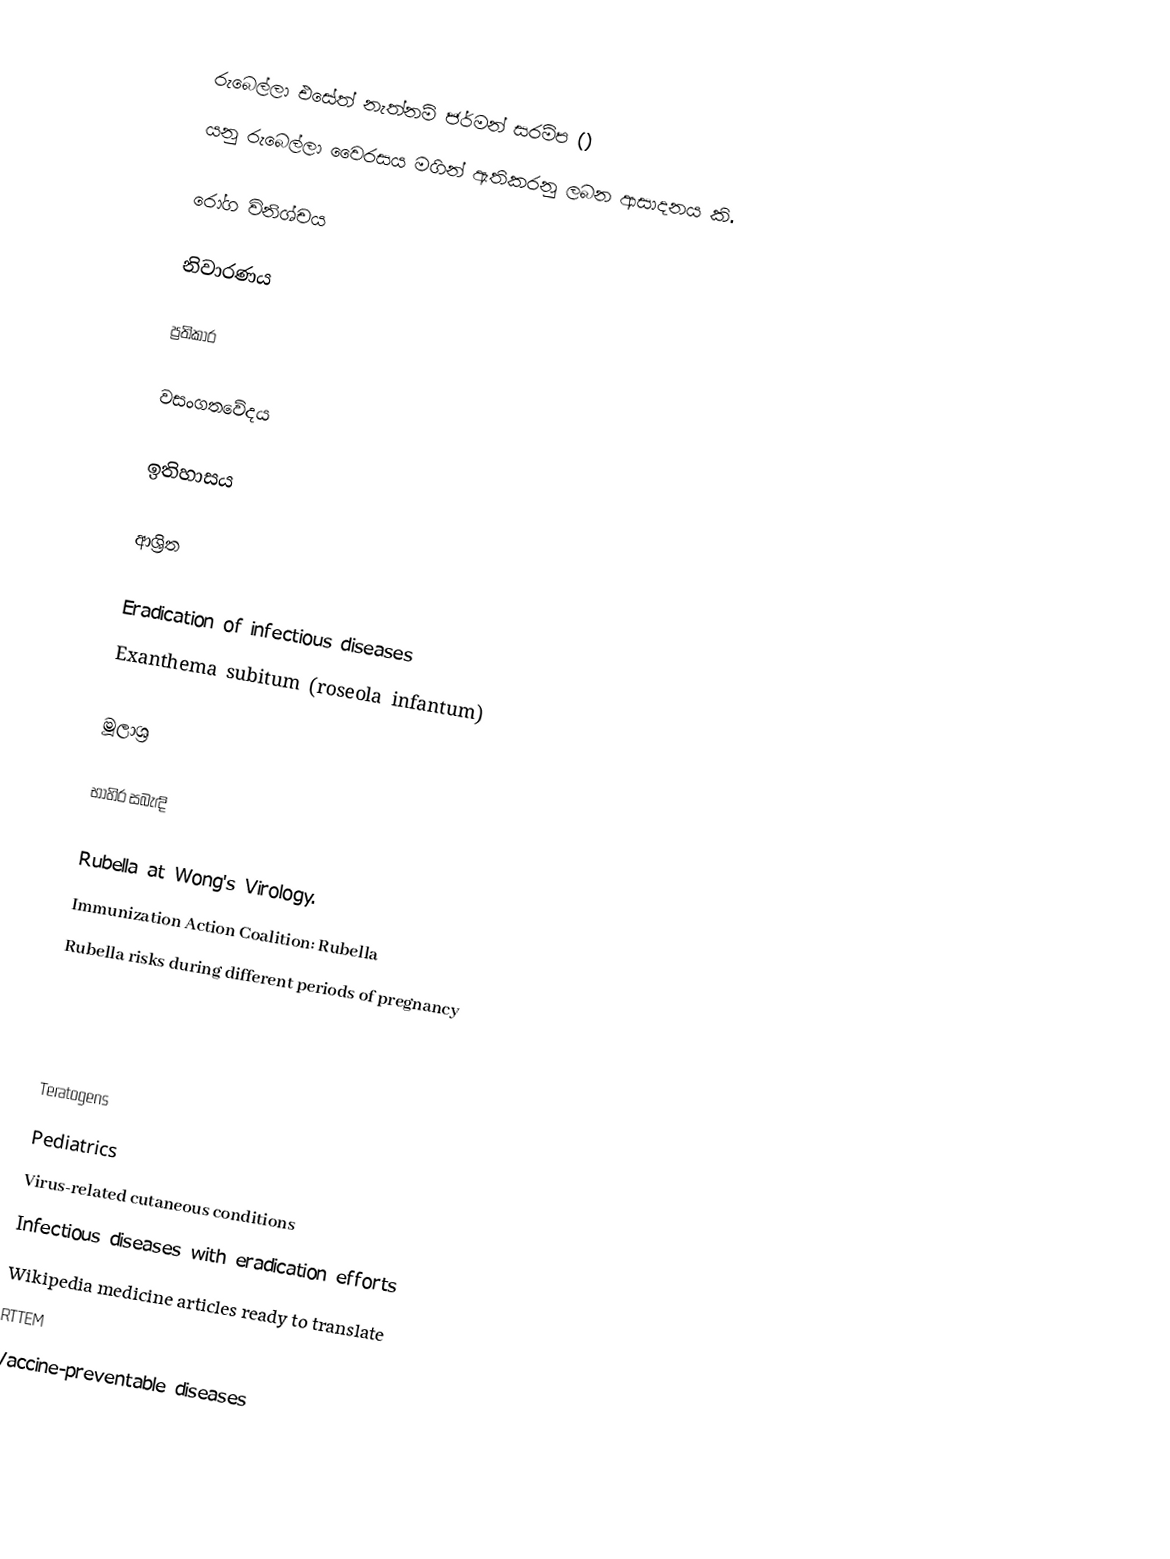
රුබෙල්ලා එසේත් නැත්නම් ජර්මන් සරම්ප ()
යනු රුබෙල්ලා වෛරසය මගින් ඇතිකරනු ලබන ආසාදනය කි.

රෝග විනිශ්චය

නිවාරණය

ප්‍රතිකාර

වසංගතවේදය

ඉතිහාසය

ආශ්‍රිත

 Eradication of infectious diseases
 Exanthema subitum (roseola infantum)

මූලාශ්‍ර

භාහිර සබැඳි

 Rubella at Wong's Virology.
 Immunization Action Coalition: Rubella
 Rubella risks during different periods of pregnancy

Teratogens
Pediatrics
Virus-related cutaneous conditions
Infectious diseases with eradication efforts
Wikipedia medicine articles ready to translate
RTTEM
Vaccine-preventable diseases